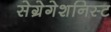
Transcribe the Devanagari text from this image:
सेग्रेगेशनिस्ट